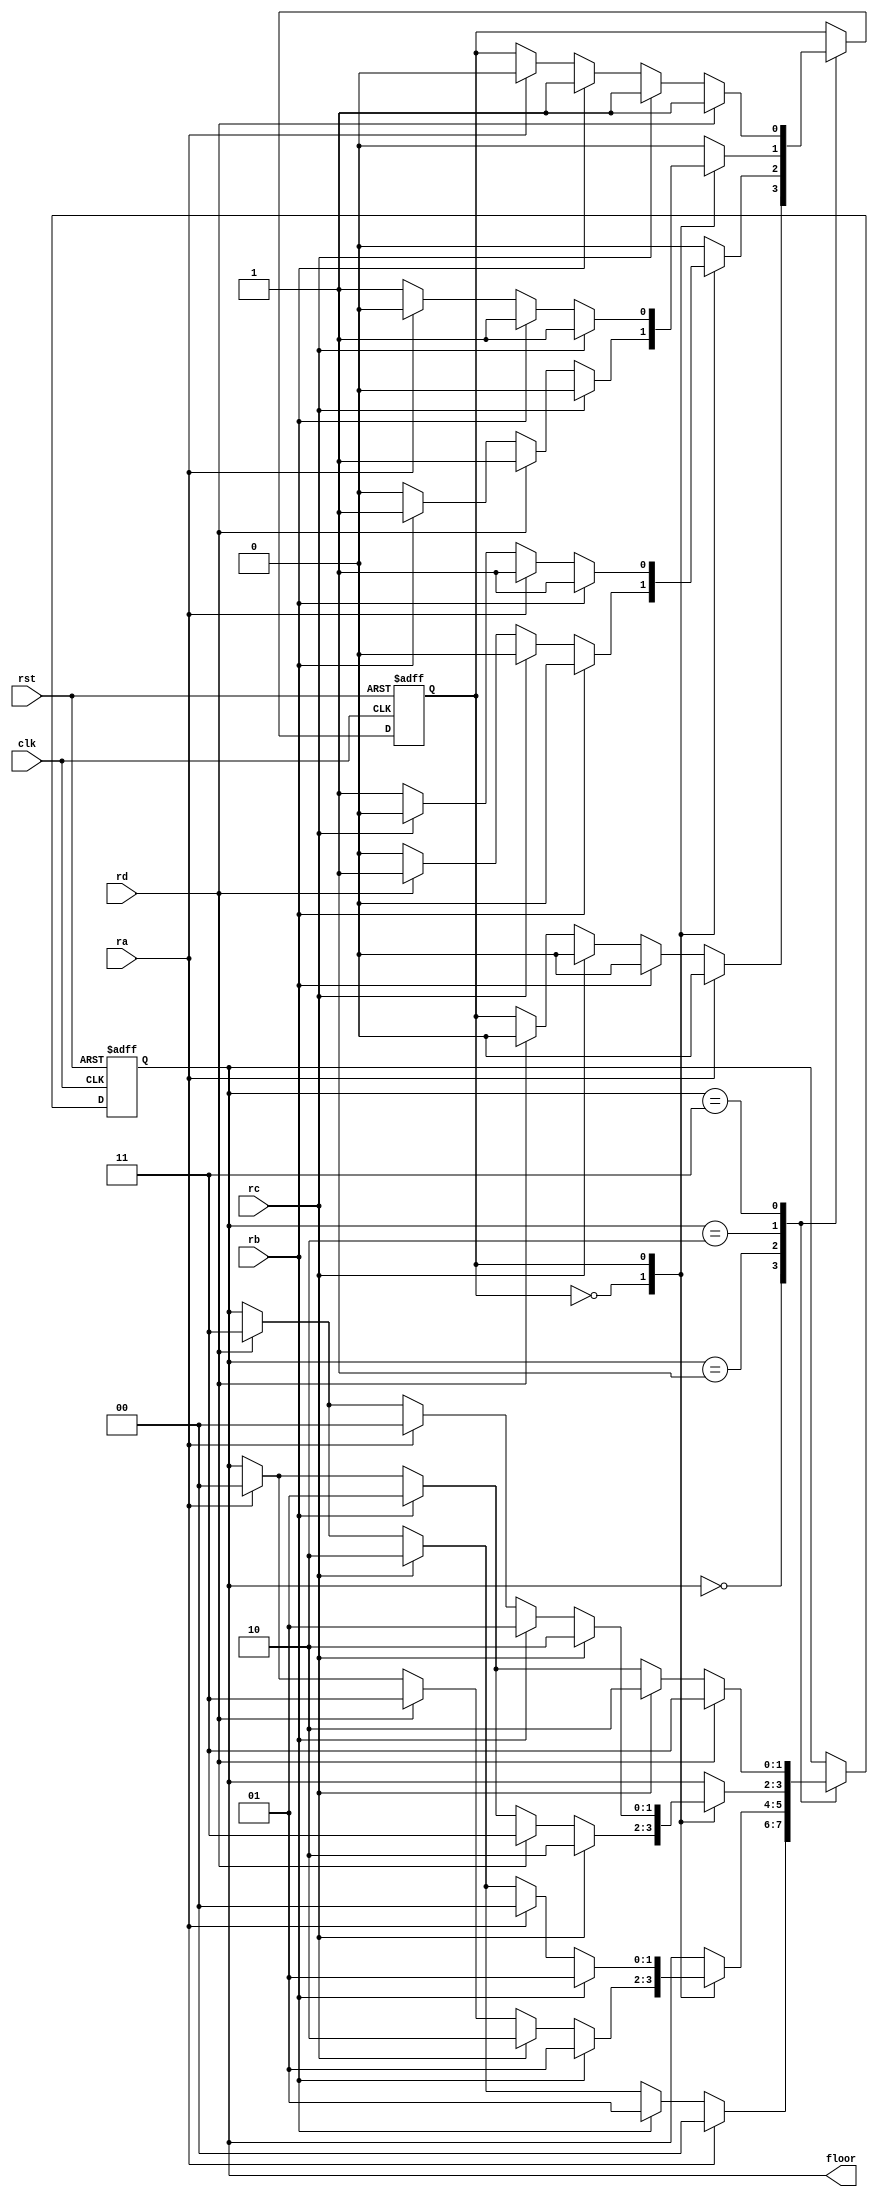
module elevator(clk, rst, ra,rb,rc,rd,floor);

input clk, rst;
input ra,rb,rc,rd;
output [1:0]floor;

parameter A=0, B=1,C=2,D=3;
reg [1:0] state;
reg dir;
parameter UP=0,DO=1;

//State Declaration

always @(posedge clk or posedge rst)
begin
 if(rst) state <= A;
 else begin
 case(state)
 A: case (1)
     ra: state <= A;
     rb: state <= B;
     rc: state <= C;
     rd: state <= D;
	  endcase
 B: case(dir)
    UP: case(1)
	  rb: state <= B;
     rc: state <= C;
     rd: state <= D;
     ra: state <= A;
	  endcase
	 DO: case(1)
	   rb: state <= B;
     ra: state <= A;
     rc: state <= C;
     rd: state <= D;
	  endcase
	  endcase
	C:  case(dir)
    UP: case(1)
	  rc: state <= C;
     rd: state <= D;
     rb: state <= B;
     ra: state <= A;
	  endcase
	 DO: case(1)
	   rc: state <= C;
     rb: state <= B;
     ra: state <= A;
     rd: state <= D;
	  endcase
	  endcase
	D: case(1)
	   rd: state <= D;
      rc: state <= C;
      rb: state <= B;
      ra: state <= A;
	  endcase
   endcase
  end
 end  
  
// Function Worked in related states 

always @(posedge clk or posedge rst)
begin
 if(rst) dir <= UP;
 else begin
 case(state)
 A: case (1)
     ra: dir <= UP;
     rb: dir <= UP;
     rc: dir <= UP;
     rd: dir <= UP;
	  endcase
 B: case(dir)
    UP: case(1)
	  rb: dir <= UP;
     rc: dir <= UP;
     rd: dir <= DO;
     ra: dir <= UP;
	  endcase
	 DO: case(1)
	   rb: dir <= DO;
     ra: dir <= DO;
     rc: dir <= UP;
     rd: dir <= DO;
	  endcase
	  endcase
	C:  case(dir)
    UP: case(1)
	  rc: dir <= UP;
     rd: dir <= DO;
     rb: dir <= DO;
     ra: dir <= UP;
	  endcase
	 DO: case(1)
	   rc: dir <= DO;
     rb: dir <= DO;
     ra: dir <= UP;
     rd: dir <= DO;
	  endcase
	  endcase
	D: case(1)
	   rd: dir <= DO;
      rc: dir <= DO;
      rb: dir <= DO;
      ra: dir <= UP;
	  endcase
   endcase
	end
  end	 
  
 //OUTPUT assign
assign floor = state;

endmodule